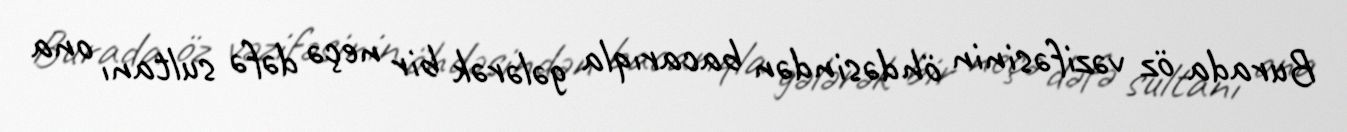
Burada öz vəzifəsinin öhdəsindən bacarıqla gələrək bir neçə dəfə sultanı ona